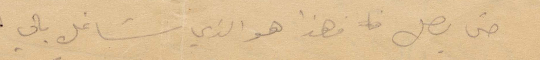
حتى يصل فهذا هو الذي شاغل بالي